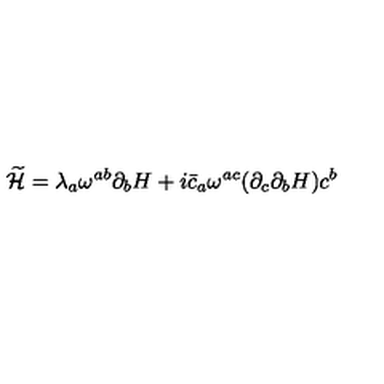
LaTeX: \widetilde { \cal H } = \lambda _ { a } \omega ^ { a b } \partial _ { b } H + i \bar { c } _ { a } \omega ^ { a c } ( \partial _ { c } \partial _ { b } H ) c ^ { b }